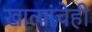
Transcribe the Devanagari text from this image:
खात्यांचेही